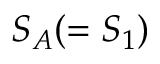
S _ { A } ( = S _ { 1 } )